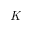
\mathit { K }